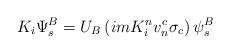
LaTeX: \begin{align*}K_i \Psi_s^B = U_B \left( imK_i^n v_n^c \sigma_c\right) \psi_s^B\end{align*}